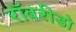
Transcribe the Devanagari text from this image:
रॉबरीडो